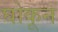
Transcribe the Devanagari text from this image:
घोकून